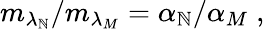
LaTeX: m_{\lambda_{\mathbb{N}}}/m_{\lambda_{M}}=\alpha_{\mathbb{N}}/\alpha_{M}\; ,